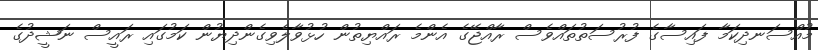
މުއްސަނދިކަމާ ފައިސާގެ ފުރުސަތުތައްވެސް ރާއްޖޭގެ އެންމެ ރައްޔިތުން ހުޅުވާލެވިގެންދިޔުން ކަމުގައި ރައީސް ނަޝީދުގެ